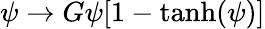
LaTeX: \psi\rightarrow G\psi[1-\operatorname{tanh}(\psi)]